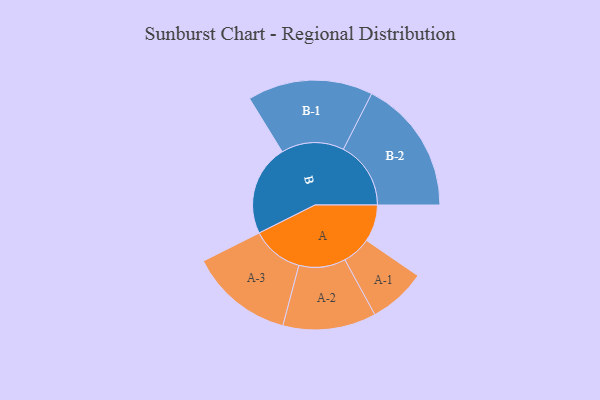
{"axis": {"x": "Segment", "y": "Value"}, "legend": ["", "A", "B"], "data": [{"x": "A", "y": 163, "type": ""}, {"x": "B", "y": 402, "type": ""}, {"x": "A-1", "y": 127, "type": "A"}, {"x": "A-2", "y": 206, "type": "A"}, {"x": "A-3", "y": 229, "type": "A"}, {"x": "B-1", "y": 277, "type": "B"}, {"x": "B-2", "y": 298, "type": "B"}]}